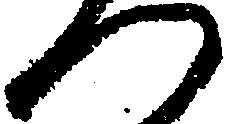
つ